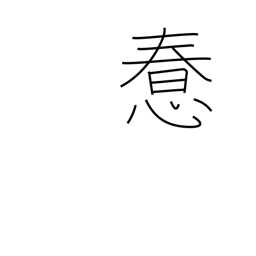
Meaning: foolish